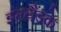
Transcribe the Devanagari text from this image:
इंग्लैंडके